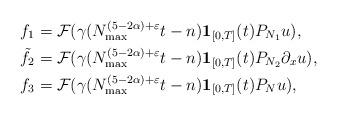
LaTeX: \begin{align*} f_1 &= \mathcal{F}(\gamma(N_{\max}^{(5-2\alpha)+\varepsilon}t-n)\mathbf{1}_{[0,T]}(t) P_{N_1} u),\\ \tilde{f}_2 &= \mathcal{F}(\gamma(N_{\max}^{(5-2\alpha)+\varepsilon}t-n)\mathbf{1}_{[0,T]}(t) P_{N_2}\partial_x u), \\ f_3 &= \mathcal{F}(\gamma(N_{\max}^{(5-2\alpha)+\varepsilon}t-n)\mathbf{1}_{[0,T]}(t) P_N u), \end{align*}